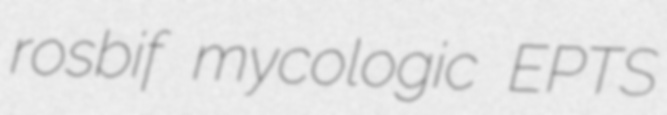
rosbif mycologic EPTS